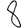
Digit: 8